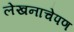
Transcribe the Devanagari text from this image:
लेखनाचेपण